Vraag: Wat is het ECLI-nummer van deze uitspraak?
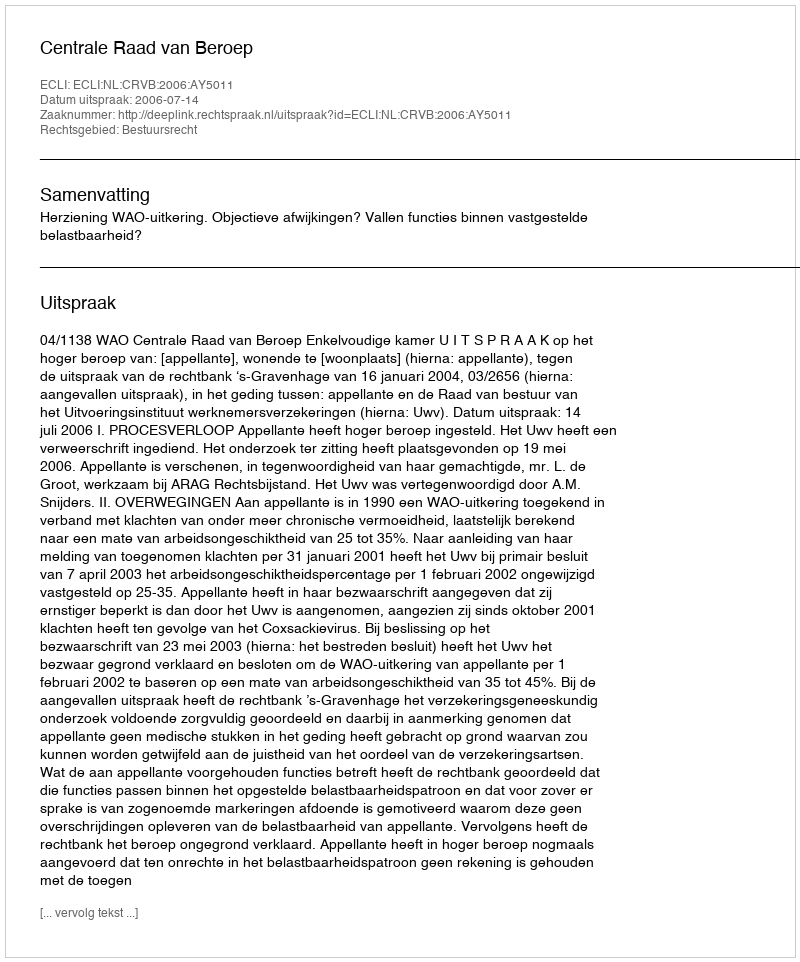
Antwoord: ECLI:NL:CRVB:2006:AY5011